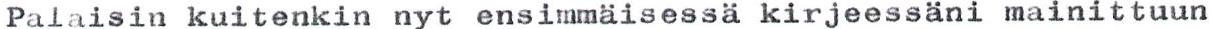
Palaisin kuitenkin nyt ensimmäisessa kirjeessäni mainittuun